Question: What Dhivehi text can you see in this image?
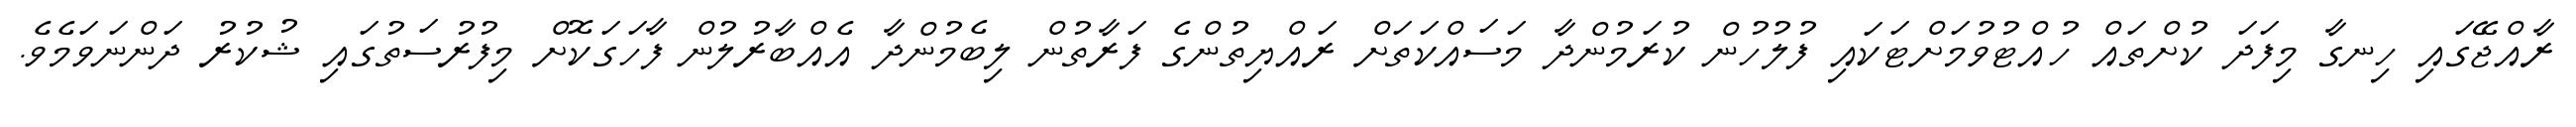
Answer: ރާއްޖޭގައި ހިނގާ މިފަދަ ކުށްތައް ހުއްޓުވުމަށްޓަކައި ފުލުހުން ކުރަމުންދާ މަސައްކަތަށް ރައްޔިތުންގެ ފަރާތުން ލިބެމުންދާ އެއްބާރުލުން ފާހަގަކޮށް މިފުރުސަތުގައި ޝުކުރު ދަންނަވަމެވެ.